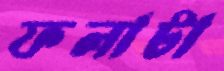
ফলাটা